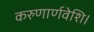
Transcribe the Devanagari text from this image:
करुणार्णवेशि।